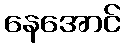
နေအောင်